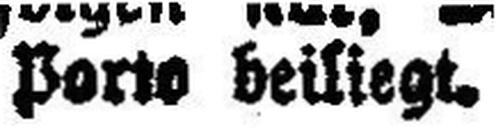
Porto beiliegt.